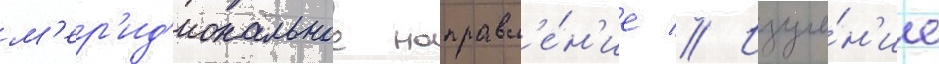
м'ер'ид'иональное направл'е́н'ие // Изуче́н'ие